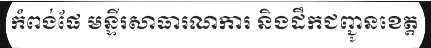
កំពង់ផែ មន្ទីរសាធារណការ និងដឹកជញ្ជូនខេត្ត